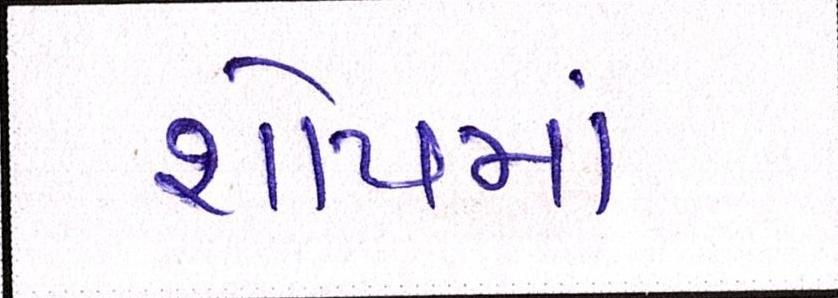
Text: શોપમાં